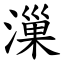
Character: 漅